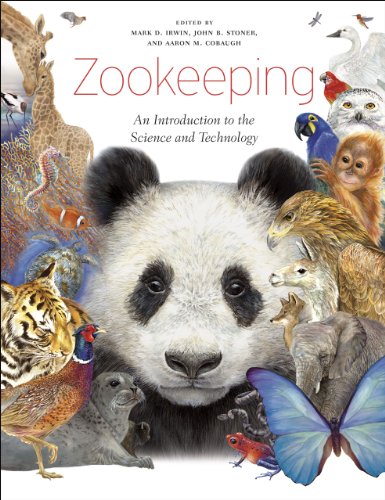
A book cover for Zookeeping: An Introduction to the Science and Technology; Science & Math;